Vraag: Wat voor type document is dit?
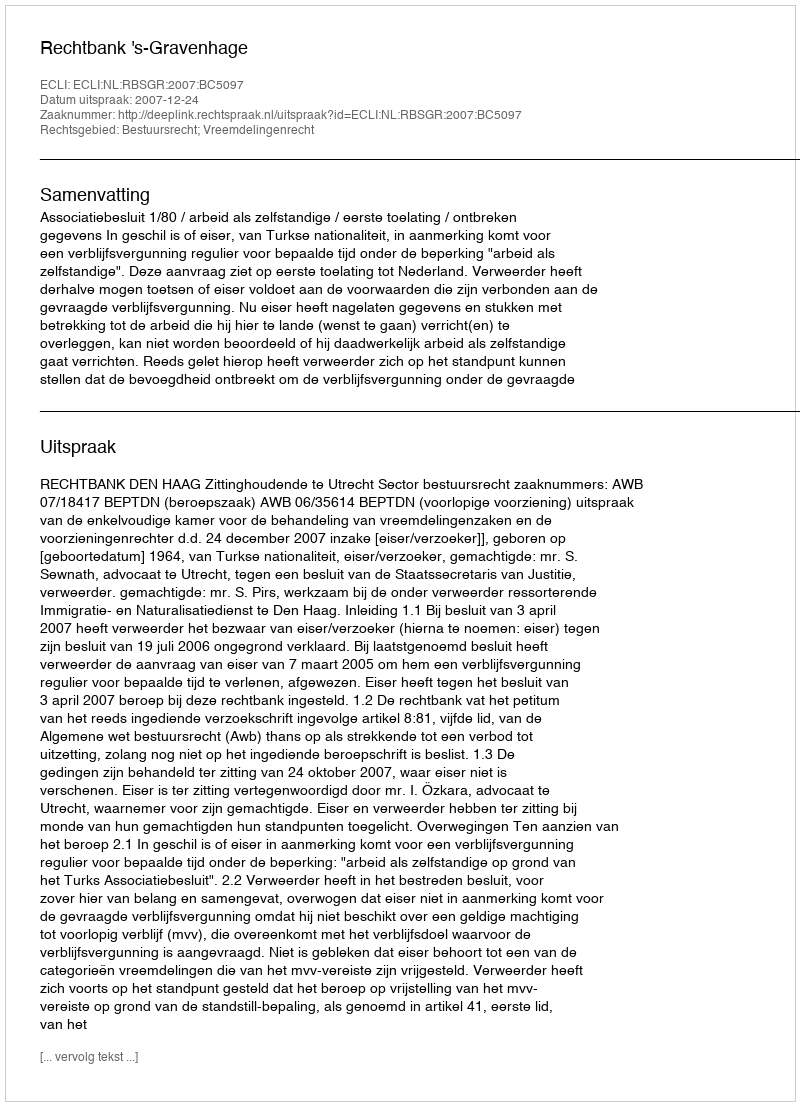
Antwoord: Uitspraak